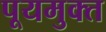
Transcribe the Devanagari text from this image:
पूयमुक्त